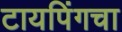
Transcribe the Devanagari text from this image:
टायपिंगचा